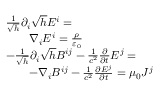
{ \begin{array} { r l } & { { \frac { 1 } { \sqrt { h } } } \partial _ { i } { \sqrt { h } } E ^ { i } = } \\ & { \qquad \nabla _ { i } E ^ { i } = { \frac { \rho } { \varepsilon _ { 0 } } } } \\ & { { - } { \frac { 1 } { \sqrt { h } } } \partial _ { i } { \sqrt { h } } B ^ { i j } - { \frac { 1 } { c ^ { 2 } } } { \frac { \partial } { \partial t } } E ^ { j } = } \\ & { \qquad { - } \nabla _ { i } B ^ { i j } - { \frac { 1 } { c ^ { 2 } } } { \frac { \partial E ^ { j } } { \partial t } } = \mu _ { 0 } J ^ { j } } \end{array} }